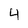
Character: 4